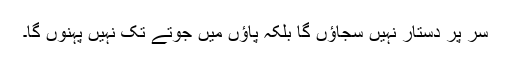
سر پر دستار نہیں سجاؤں گا بلکہ پاؤں میں جوتے تک نہیں پہنوں گا۔